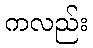
ကလည်း